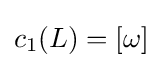
c_{1}(L)=[\omega ]